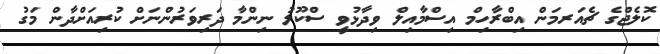
ކޮލެޖްގެ ޗެއަރމަން އިބްރާހިމް އިސްމާއިލް ވިދާޅުވީ ސްކޫލު ނިންމާ ދަރިވަރުންނަށް ކުރިއަށްދާން މަގު